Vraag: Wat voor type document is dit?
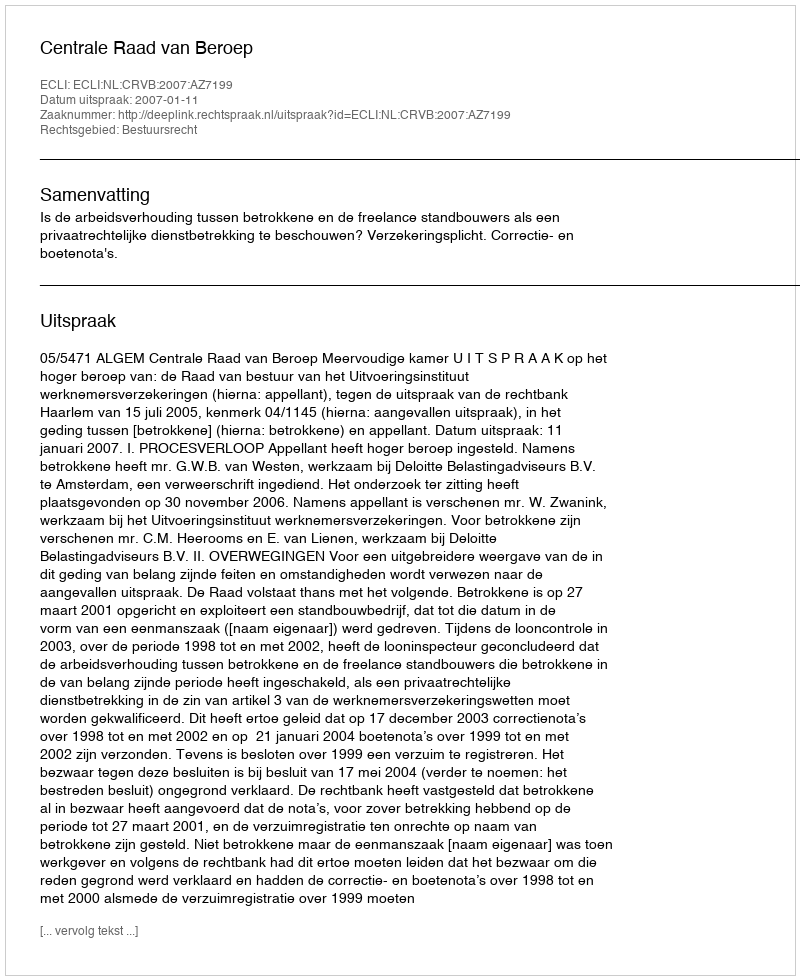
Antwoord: Uitspraak